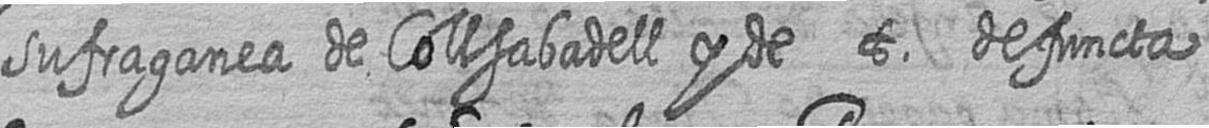
sufraganea de Collsabadell y de t defuncta